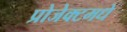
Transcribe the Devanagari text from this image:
प्रोजेक्टमधे